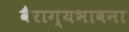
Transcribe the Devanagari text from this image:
वैराग्यभावना